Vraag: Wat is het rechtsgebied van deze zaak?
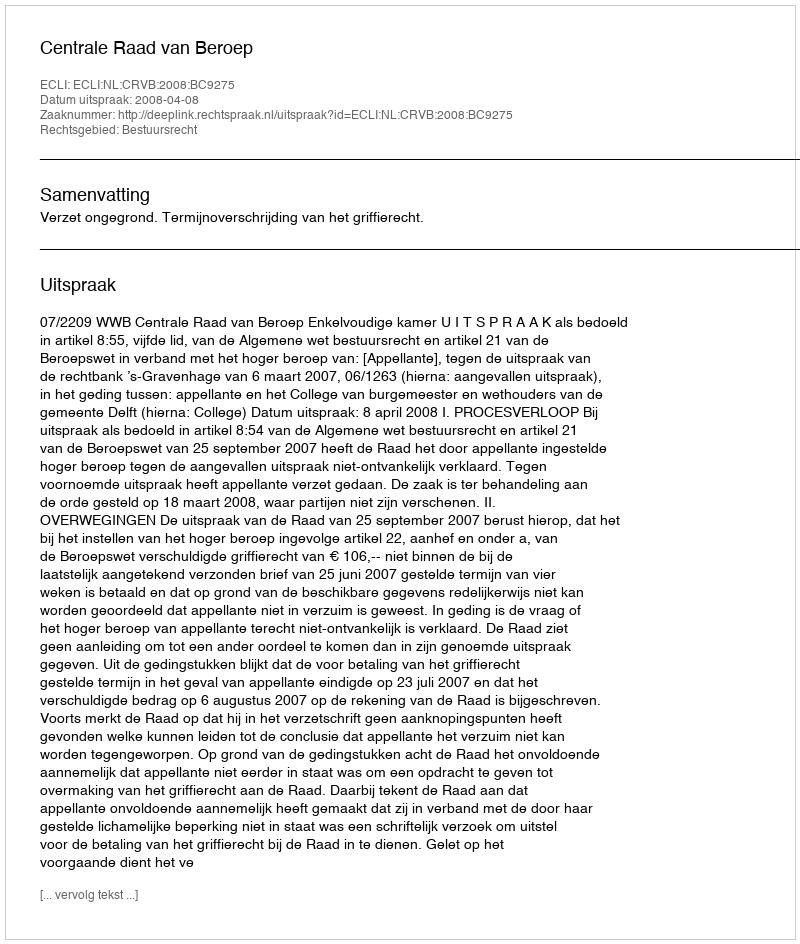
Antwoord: Bestuursrecht